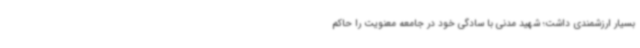
بسیار ارزشمندی داشت؛ شهید مدنی با سادگی خود در جامعه معنویت را حاکم